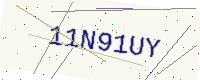
Text: 11N91UY